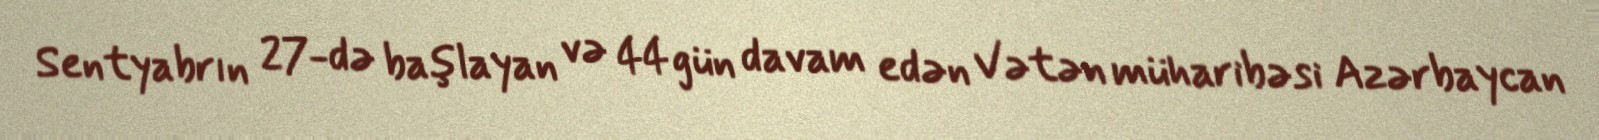
Sentyabrın 27-də başlayan və 44 gün davam edən Vətən müharibəsi Azərbaycan